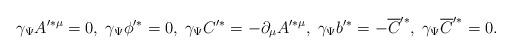
LaTeX: \begin{align*}\gamma_\Psi A'^{* \mu} = 0, \; \gamma_\Psi \phi'^* = 0, \;\gamma_\Psi C'^* = - \partial_\mu A'^{*\mu},\; \gamma_\Psi b'^* = - \overline{C}'^*, \; \gamma_\Psi\overline{C}'^* = 0.\end{align*}